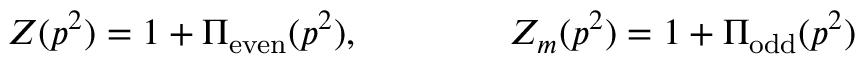
Z ( p ^ { 2 } ) = 1 + \Pi _ { \mathrm { e v e n } } ( p ^ { 2 } ) , \qquad \qquad Z _ { m } ( p ^ { 2 } ) = 1 + \Pi _ { \mathrm { o d d } } ( p ^ { 2 } )